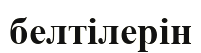
белтілерін